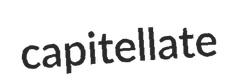
capitellate